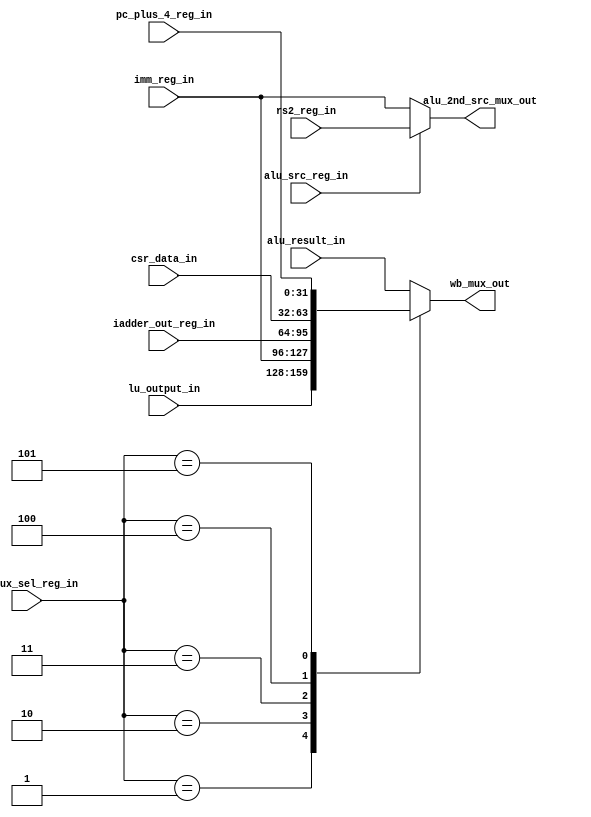
module msrv_32_wb_mux_sel_unit(input [2:0] wb_mux_sel_reg_in,
input [31:0] alu_result_in,
input [31:0] lu_output_in,
input signed [31:0] imm_reg_in,
input [31:0] iadder_out_reg_in,
input [31:0] csr_data_in,
input [31:0] pc_plus_4_reg_in,
input signed [31:0] rs2_reg_in,
input  alu_src_reg_in,
output reg [31:0] wb_mux_out,
output wire [31:0] alu_2nd_src_mux_out);

parameter wb_alu     = 3'b000,
	  wb_lu      = 3'b001,
	  wb_imm     = 3'b010,
	  wb_iadder_out = 3'b011,
	  wb_csr     = 3'b100,
  	  wb_pc_plus = 3'b101;
always @(*)
begin
case(wb_mux_sel_reg_in)

	wb_alu     : wb_mux_out = alu_result_in;
	wb_lu      : wb_mux_out = lu_output_in;
	wb_imm     : wb_mux_out = imm_reg_in;	
	wb_iadder_out: wb_mux_out = iadder_out_reg_in;
	wb_csr     : wb_mux_out = csr_data_in;
	wb_pc_plus : wb_mux_out = pc_plus_4_reg_in;
	default    : wb_mux_out = alu_result_in;
endcase
end
assign alu_2nd_src_mux_out = alu_src_reg_in  ? rs2_reg_in : imm_reg_in ;
endmodule